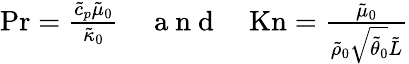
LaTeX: \begin{array}{r}{\mathrm{Pr}=\frac{\tilde{c}_{p}\tilde{\mu}_{0}}{\tilde{\kappa}_{0}}\quad\mathrm{~a~n~d~}\quad\mathrm{Kn}=\frac{\tilde{\mu}_{0}}{\tilde{\rho}_{0}\sqrt{\tilde{\theta}_{0}}\tilde{L}}}\end{array}